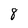
Character: 8